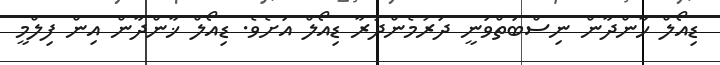
ޑިއޯލް ޚާންދާން ނިސްބަތްވަނީ ދަރުމެންދުރާ ޑިއޯލް އަށެވެ. ޑިއޯލް ޚާންދާން އިން ފިލްމީ